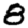
Digit: 8